Annual administration report of the Civil Veterinary Department of India - 1900-1901
Year: 1900
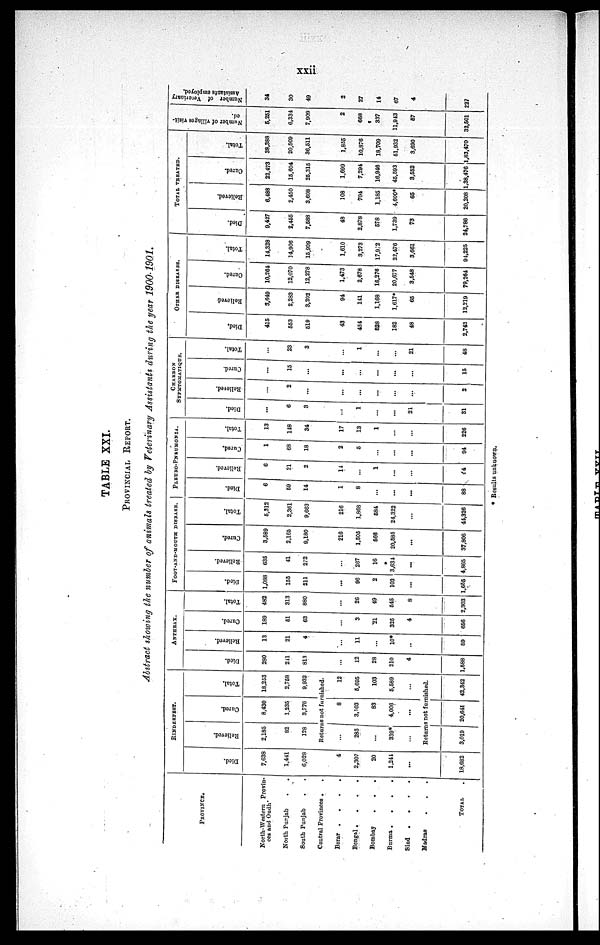
xxii
TABLE XXI.
PROVINCIAL REPORT.
Abstract showing the number of animals treated by Veterinary Assistants during the year 1900-1901.
PROVINCE.
North-Western Provin-
ces and Oudh .
North Purjab . .
South Punjab . .
Central Provinces .
.
Berar .
.
.
.
Bengal .
.
.
.
Bombay . . .
Burma .
.
.
.
Sind
.
.
.
.
Madras . . .
TOTAL .
RINDERPEST.
Died.
7,638
1,441
6,028
4
2,307
20
1,244
...
18,682
Relieved.
2,185
82
128
Cured.
8,430
1,235
3,776
Total.
18,253
2,758
9,932
Returns not furnished.
...
285
...
339*
...
8
3,103
83
4,006
...
12
5,695
103
5,589
...
Returns not furnished.
3,019
20,641
42,342
ANTHRAX.
Died.
280
211
813
...
12
28
210
4
1,588
Relieved.
13
21
4
...
11
...
10*
...
59
Cured.
189
51
63
...
3
21
325
4
656
Total.
482
313
880
...
26
49
545
8
2,303
FOOT-AND-MOUTH
DISEASE.
Died.
1,088
155
211
...
96
2
103
...
1,655
Relieved.
635
41
272
...
267
16
3,634
...
4,865
Cured.
3,589
2,165
9,180
216
1,505
566
20,585
...
37,806
Total.
5,312
2,361
9,663
216
1,868
684
24,322
...
44,326
PLEURO-PNEUMONIA.
Died.
6
59
14
1
8
...
...
...
88
Relieved.
6
21
2
14
...
1
...
...
44
Cured.
1
68
18
2
5
...
...
...
94
Total.
13
148
34
17
13
1
...
...
226
CHARBON
SYMPTOMATIQUE.
Died.
...
6
3
...
1
...
...
21
31
Relieved.
...
2
...
...
...
...
...
...
2
Cured.
...
15
...
...
...
...
...
...
15
Total.
...
...
23
3
...
1
...
...
21
48
OTHER DISEASES.
Died.
415
553
519
43
454
528
182
48
2,742
Relieved
3,649
2,283
3,202
94
141
1,168
1,617*
65
12,219
Cured.
10,264
12,070
12,278
1,473
2,678
16,276
20,677
3,548
79,264
Total.
14,328
14,906
15,999
1,610
3,273
17,972
22,476
3,661
94,225
TOTAL
TREATED.
Died.
9,427
2,455
7,588
48
2,878
578
1,739
73
24,786
Relieved.
6,488
2,450
3,608
108
704
1,185
4,600*
65
20,208
Cured.
22,473
15,604
25,315
1,699
7,294
16,946
45,593
3,552
1,38,476
Total.
38,388
20,509
36,511
1,855
10,876
18,709
51,932
3,690
1,83,470
Number of villages visit-
ed.
5,251
6,334
7,909
2
668
337
11,943
57
32,501
Number of Veterinary
Assistants employed.
34
30
49
2
27
14
67
4
227
* Results unknown.